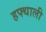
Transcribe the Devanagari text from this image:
हफ्थाली